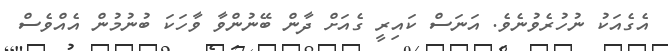
އެގެއަކު ނުހުރެވުނެވެ. އަނަސް ކައިރީ ގެއަށް ދާން ބޭނުންވާ ވާހަކަ ބުނުމުން އެއްވެސް